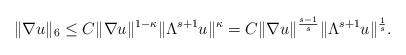
LaTeX: \begin{align*} \|\nabla u\|_6 \le C \|\nabla u\|^{1-\kappa}\|\Lambda^{s+1}u\|^\kappa= C \|\nabla u\|^{\frac{s-1}{s}}\|\Lambda^{s+1}u\|^{\frac{1}{s}}.\end{align*}